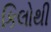
કિલોથી